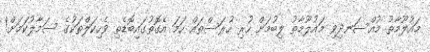
މައުލޫމާތު މުއްސަނދިވި މައުލޫމާތު ލިބުމަށް ހުރި ހުރަސްތައް ހަމަ އެގޮތުގައިބޮޑެތި ވެހިކަލްތަކުގެ ސަމާލުކަމަށް!